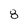
Character: 8